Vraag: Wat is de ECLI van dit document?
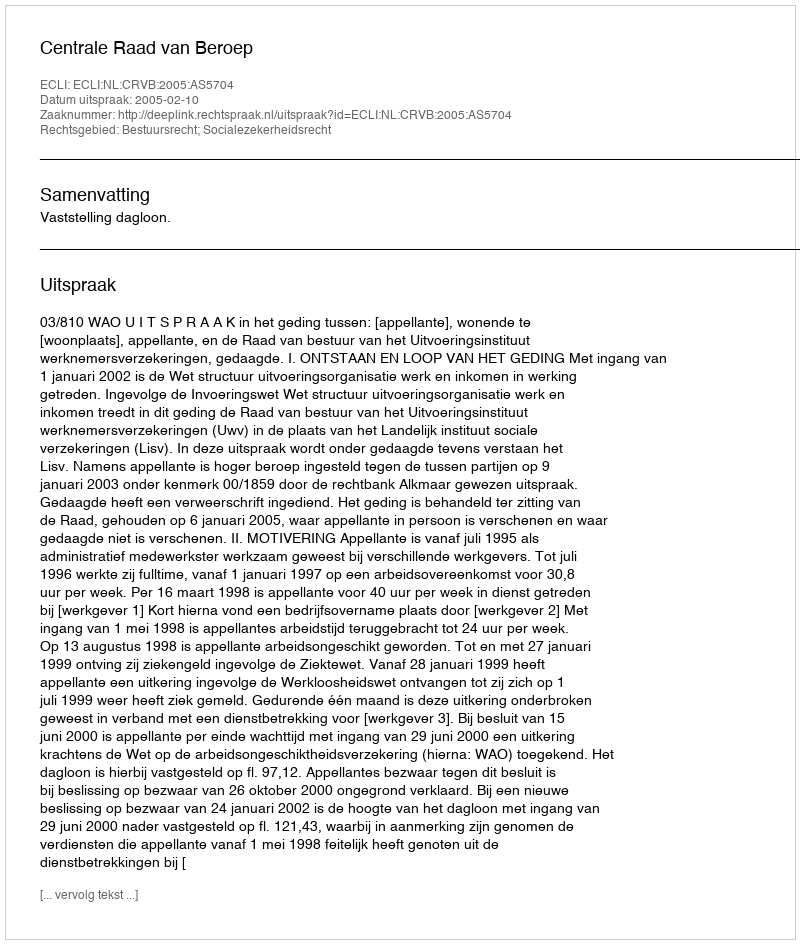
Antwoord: ECLI:NL:CRVB:2005:AS5704